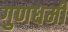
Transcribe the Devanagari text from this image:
गुणधर्मी